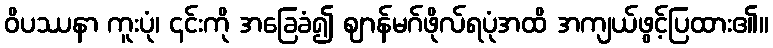
ဝိပဿနာ ကူးပုံ၊ ၎င်းကို အခြေခံ၍ ဈာန်မဂ်ဖိုလ်ရပုံအထိ အကျယ်ဖွင့်ပြထား၏။